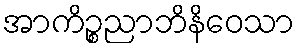
အာကိဉ္စညာဘိနိဝေသာ